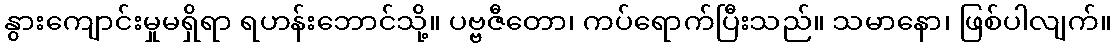
နွားကျောင်းမှုမရှိရာ ရဟန်းဘောင်သို့။ ပဗ္ဗဇီတော၊ ကပ်ရောက်ပြီးသည်။ သမာနော၊ ဖြစ်ပါလျက်။